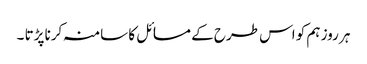
ہر روز ہم کو اس طرح کے مسائل کا سامنہ کرنا پڑتا ۔